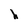
Character: h